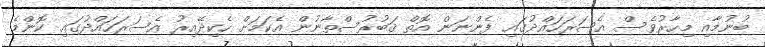
ބުނުމާއި މިހާރުވެސް އެސަރަހައްދުގައި ފެންނަން އޮތް ޤަބުރުސްތާނުން އެކަމަށް ހެކިދޭއިރު އެސަރަހައްދުގައި ކޮންމެ